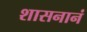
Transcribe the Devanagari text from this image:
शासनानं